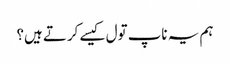
ہم یہ ناپ تول کیسے کرتے ہیں؟